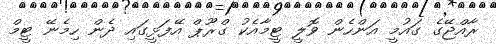
ރާއްޖޭގެ ގައުމީ އަންހެން ވޮލީ ޓީމާއެކު ގްރޫޕް އޭފަޅީގައި ދެން ހިމެނޭ ޓީމް